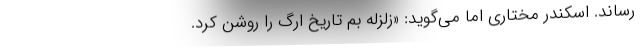
رساند. اسکندر مختاری اما می‌گوید: «زلزله بم تاریخ ارگ را روشن کرد.